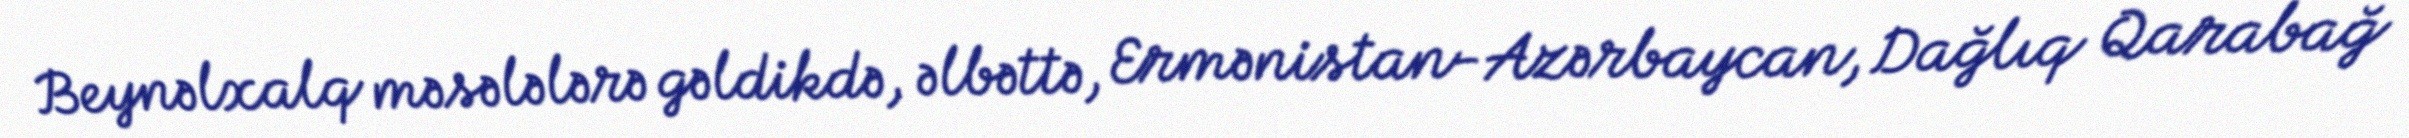
Beynəlxalq məsələlərə gəldikdə, əlbəttə, Ermənistan-Azərbaycan, Dağlıq Qarabağ